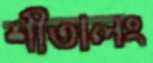
শীতালং